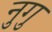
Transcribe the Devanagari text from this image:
नुगु